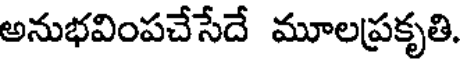
అనుభవింపచేసేదే మూలప్రకృతి.